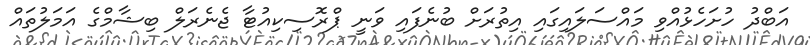
އަބްދު ހުށަހެޅުއްވި މައްސަލައިގައި އިތުރަށް ބުނެފައި ވަނީ ޕްރޮސިކިއުޓާ ޖެނެރަލް ބިޝާމްގެ އަމަލުތައް